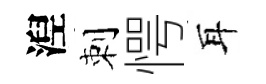
湼刺愕耳